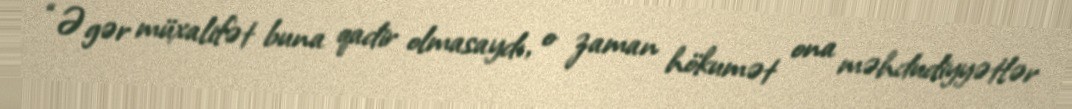
“Əgər müxalifət buna qadir olmasaydı, o zaman hökumət ona məhdudiyyətlər